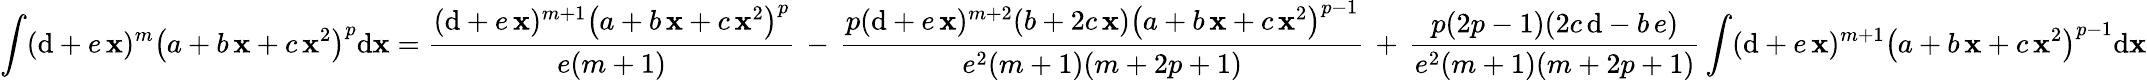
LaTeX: \int(\mathrm{d}+e\, \mathbf{x})^{m}\left(a+b\, \mathbf{x}+c\, \mathbf{x}^{2}\right)^{p}\mathrm{d}\mathbf{x}={\frac{{(\mathrm{d}+e\, \mathbf{x})^{m+1}\left(a+b\, \mathbf{x}+c\, \mathbf{x}^{2}\right)^{p}}}{{e(m+1)}}}\, -\, {\frac{{p(\mathrm{d}+e\, \mathbf{x})^{m+2}(b+2c\, \mathbf{x})\left(a+b\, \mathbf{x}+c\, \mathbf{x}^{2}\right)^{p-1}}}{{e^{2}(m+1)(m+2p+1)}}}\, +\, {\frac{{p(2p-1)(2c\, \mathrm{d}-b\, e)}}{{e^{2}(m+1)(m+2p+1)}}}\int(\mathrm{d}+e\, \mathbf{x})^{m+1}\left(a+b\, \mathbf{x}+c\, \mathbf{x}^{2}\right)^{p-1}\mathrm{d}\mathbf{x}